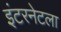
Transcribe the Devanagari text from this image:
इंटरनेटला